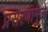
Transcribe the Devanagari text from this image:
प्रसरणामुळे